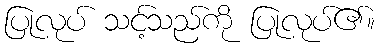
ပြုလုပ် သင့်သည်ကို ပြုလုပ်၏။